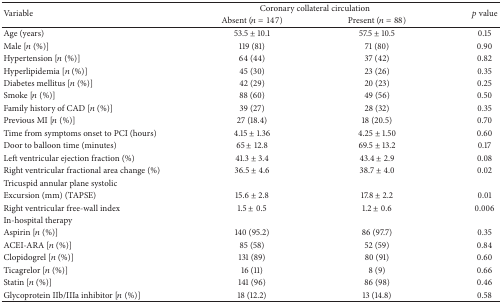
| <ROWSPAN=2> Variable | <COLSPAN=2> Coronary collateral circulation | <ROWSPAN=2> p value |
 | Absent (n = 147) | Present (n = 88) |
 | --- | --- | --- | --- |
 | Age (years) | 53.5 ± 10.1 | 57.5 ± 10.5 | 0.15 |
 | Male [n (%)] | 119 (81) | 71 (80) | 0.90 |
 | Hypertension [n (%)] | 64 (44) | 37 (42) | 0.82 |
 | Hyperlipidemia [n (%)] | 45 (30) | 23 (26) | 0.35 |
 | Diabetes mellitus [n (%)] | 42 (29) | 20 (23) | 0.25 |
 | Smoke [n (%)] | 88 (60) | 49 (56) | 0.50 |
 | Family history of CAD [n (%)] | 39 (27) | 28 (32) | 0.35 |
 | Previous MI [n (%)] | 27 (18.4) | 18 (20.5) | 0.70 |
 | Time from symptoms onset to PCI (hours) | 4.15 ± 1.36 | 4.25 ± 1.50 | 0.60 |
 | Door to balloon time (minutes) | 65 ± 12.8 | 69.5 ± 13.2 | 0.17 |
 | Left ventricular ejection fraction (%) | 41.3 ± 3.4 | 43.4 ± 2.9 | 0.08 |
 | Right ventricular fractional area change (%) | 36.5 ± 4.6 | 38.7 ± 4.0 | 0.02 |
 | Tricuspid annular plane systolic |  |  |  |
 | Excursion (mm) (TAPSE) | 15.6 ± 2.8 | 17.8 ± 2.2 | 0.01 |
 | Right ventricular free-wall index | 1.5 ± 0.5 | 1.2 ± 0.6 | 0.006 |
 | In-hospital therapy |  |  |  |
 | Aspirin [n (%)] | 140 (95.2) | 86 (97.7) | 0.35 |
 | ACEI-ARA [n (%)] | 85 (58) | 52 (59) | 0.84 |
 | Clopidogrel [n (%)] | 131 (89) | 80 (91) | 0.60 |
 | Ticagrelor [n (%)] | 16 (11) | 8 (9) | 0.66 |
 | Statin [n (%)] | 141 (96) | 86 (98) | 0.46 |
 | Glycoprotein IIb/IIIa inhibitor [n (%)] | 18 (12.2) | 13 (14.8) | 0.58 |